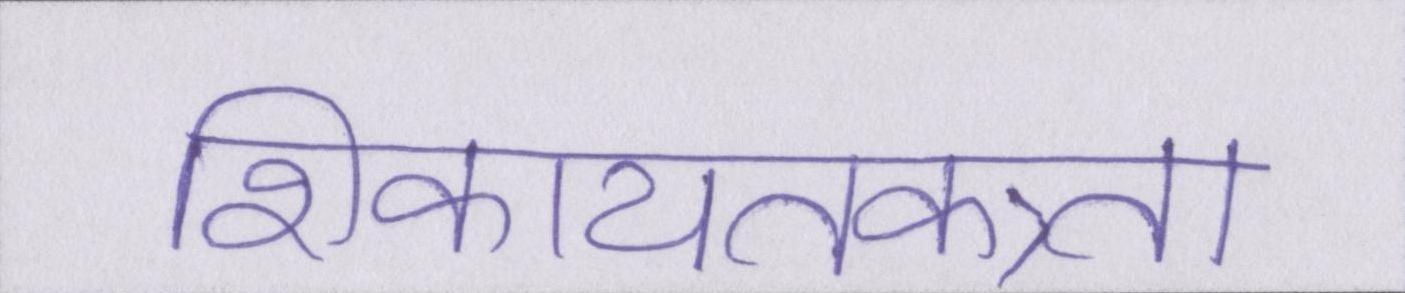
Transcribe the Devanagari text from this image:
शिकायतकत्र्ता